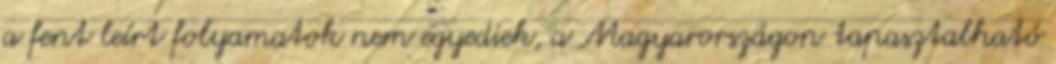
a fent leírt folyamatok nem egyediek, a Magyarországon tapasztalható